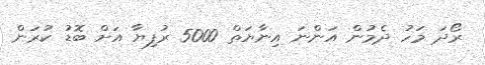
ރޯދަ މަހު ދެމުން އަންނަ އިނާޔަތް 5000 ރުފިޔާ އަށް ބޮޑު ކުރަން